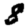
Digit: 8